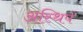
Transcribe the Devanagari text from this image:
अस्थिपं